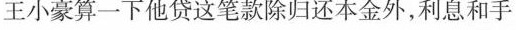
你帮王小豪算一下他贷这笔款除归还本金外，利息和手